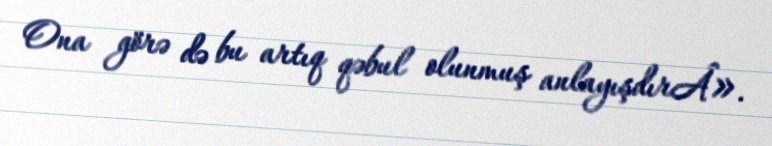
Ona görə də bu artıq qəbul olunmuş anlayışdırÂ».